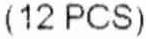
(12 PCS)